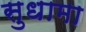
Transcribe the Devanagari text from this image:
सुधामा